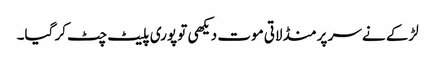
لڑکے نے سر پر منڈلاتی موت دیکھی تو پوری پلیٹ چٹ کر گیا۔